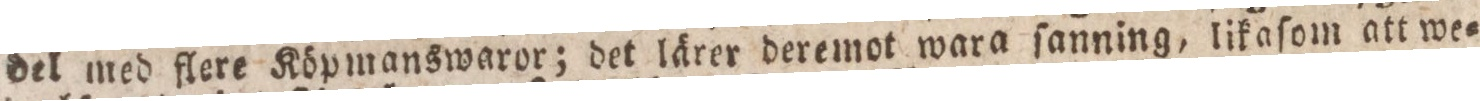
del med flere Köpmanswaror; det lärer deremot wara ſanning, likaſom att we=